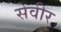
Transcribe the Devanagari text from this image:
सेवीर